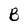
Character: B